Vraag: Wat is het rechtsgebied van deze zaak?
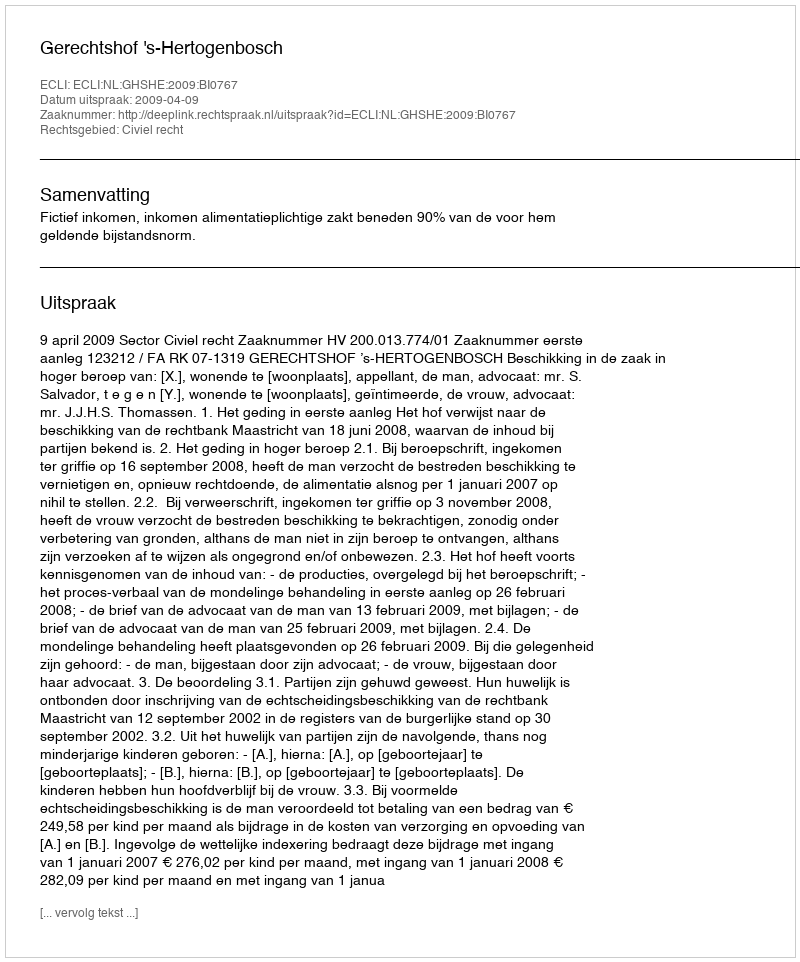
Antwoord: Civiel recht